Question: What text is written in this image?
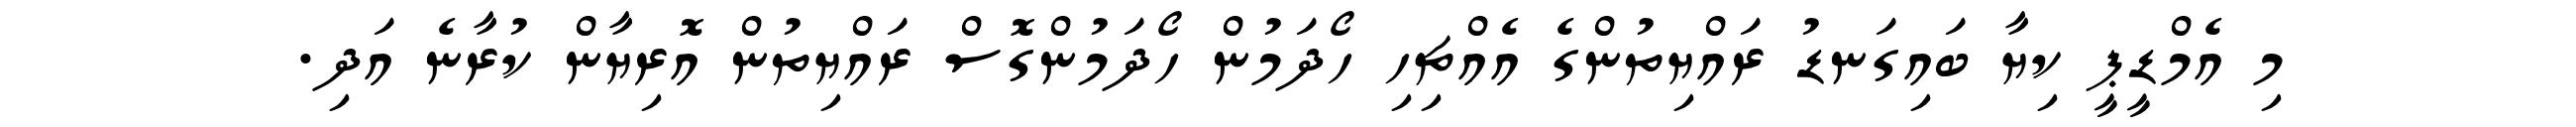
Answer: މި އެމްޑީޕީ ކިޔާ ބައިގަނޑު ރައްޔިތުންގެ އެއްޗިހި ހޯދަމުން ހޯދަމުންގޮސް ރައްޔިތުން އޮރިޔާން ކުރާނެ އަދި.